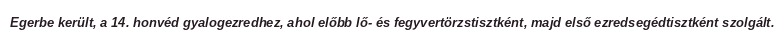
Egerbe került, a 14. honvéd gyalogezredhez, ahol előbb lő- és fegyvertörzstisztként, majd első ezredsegédtisztként szolgált.